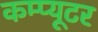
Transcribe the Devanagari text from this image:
कम्प्‍यूटर